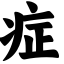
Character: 症